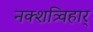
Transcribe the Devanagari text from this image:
नक्शत्र्विहार्